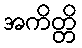
အကိတ္တိ